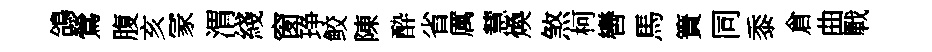
鴿鶯腹亥冡渭綫窗琤鲛陳酔省厲慧煥煞柯轡馬簀同黍倉曲戰